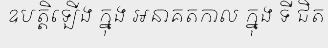
ឧបត្តិឡើង ក្នុង អនាគតកាល ក្នុង ទី ជិត